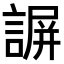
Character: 𧩱